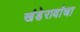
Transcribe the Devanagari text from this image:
खंडेरावांचा